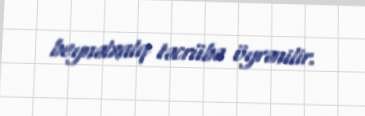
beynəlxalq təcrübə öyrənilir.